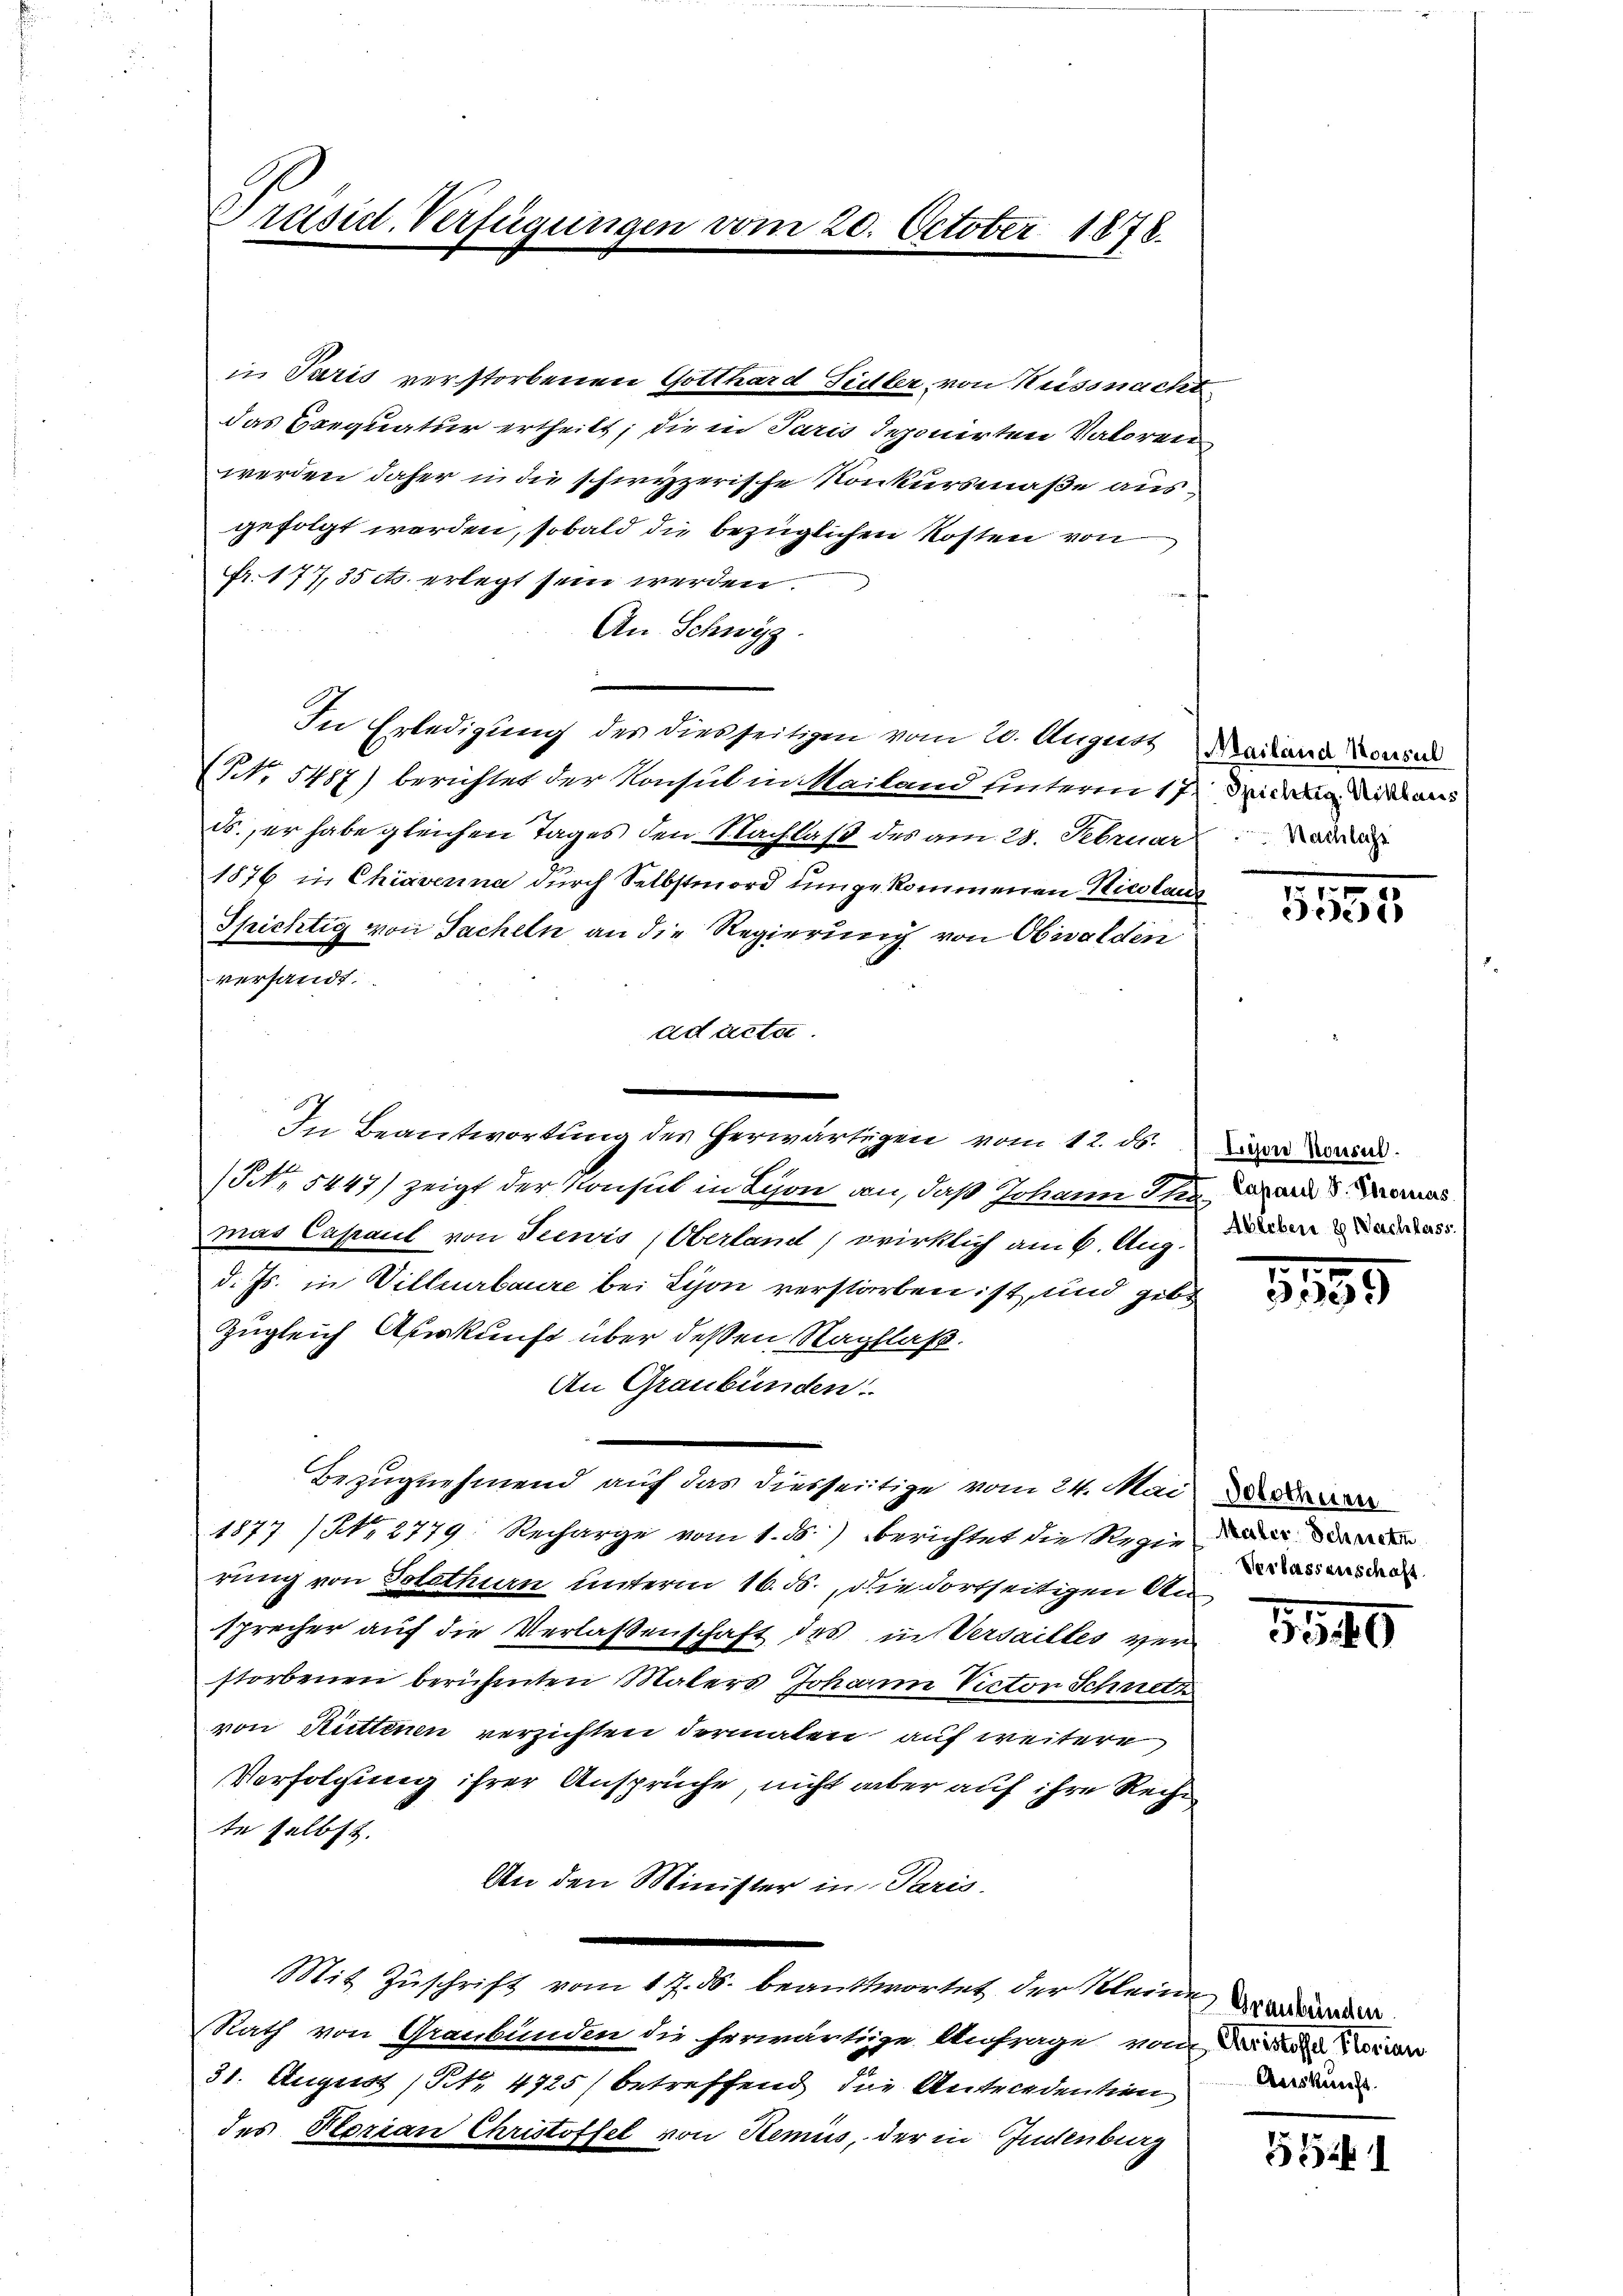
räsid. Verfügungen vom 20. October 1878.

in Paris verstorbenen Gotthard Sidler, von Küssnacht
das Seequatur ertheilt; die in Paris deponirten Valoren
werden daher in die schiryzerische Konkursmaße aus,
gefolgt werden, sobald die bezüglichen Kosten von
Fr. 177, 35 cts. erlegt sein werden.
An Schwyz
In Erledigung des diesseitigen vom 20. August Mariana Dein
NNNo. 5487) berichtet der Konsul in Mailand unterm 17.
ds. er habe gleichen Tages den Nachlaß des am 28. Februar
1876 in Chiaverna durch Selbstmord umgekommenen Nicolaus
Spichtig von Sacheln an die Regierung von Obwalden
versandt.
ad acta.
(NNo. 5447) zeigt der Konsul in Lyon an, daß Johann St. Lazard S. aus
mad Cassaut von Seewis (Oberland, wirklich am 6. Aug. diese ass
d. Js. in Villeurbaure bei Lion verstorben ist, und gebe
Zugleich Auskunft über dessen Nachlaß.
An Graubünden.
Bezugnehmend auf das diesseitige vom 24. Mai
1877 (No. 2779. Recharge vom 1. ds. berichtet die Regie
rung von Solothurn unterm 16. ds., die dortseitigen Ansprecher auf die Verlassenschaft des in Versailles verstorbenen berühmten Malers Johann Victon Schnetz
von Rittenen verzichten dermalen auf weitere
Verfolgung ihrer Ansprüche, nicht aber auf ihre Reche
te selbst.
An den Minister in Paris.
Mit Zuschrift vom 17. ds. beantwortet der Kleine andera
Rath von Graubünden die herwärtige Anfrage von
31. August (No. 4725) betreffend die Antecedention den
des Horian Christoffel von Semins, der in Indenburg

In Beantwortung der herwärtigen vom 12. ds. Die Waad

Spichtig. Niklaus

1
5552

1195

Verlassenschaft

140

5541